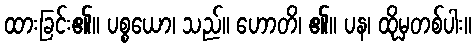
ထားခြင်း၏။ ပစ္စယော၊ သည်။ ဟောတိ၊ ၏။ ပန၊ ထိုမှတစ်ပါး။